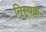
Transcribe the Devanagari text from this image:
निस्र्पक